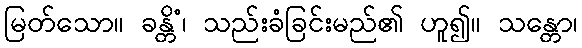
မြတ်သော။ ခန္တိံ၊ သည်းခံခြင်းမည်၏ ဟူ၍။ သန္တော၊